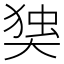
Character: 𰋫